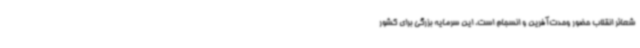
شعائر انقلاب حضور وحدت‌آفرین و انسجام است، این سرمایه بزرگی برای کشور